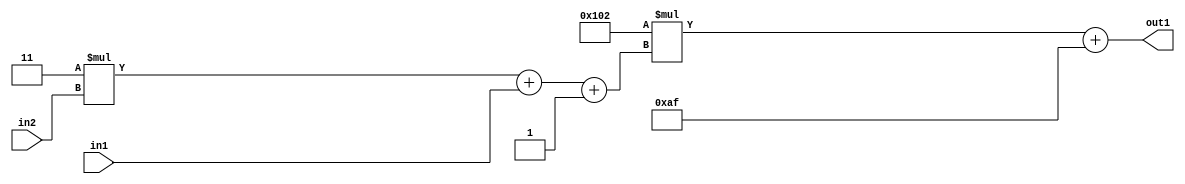
`timescale 1ps / 1ps
/*****************************************************************************
    Verilog RTL Description
    
    
    Created by: Stratus DpOpt 2019.1.01 
*******************************************************************************/

module DC_Filter_Add2i175Mul2i258Add3i1u1Mul2i3u2_4 (
	in2,
	in1,
	out1
	); /* architecture "behavioural" */ 
input [1:0] in2;
input  in1;
output [11:0] out1;
wire [11:0] asc001;
wire [3:0] asc002;

wire [3:0] asc002_tmp_0;
wire [3:0] asc002_tmp_1;
assign asc002_tmp_1 = 
	+(4'B0011 * in2);
assign asc002_tmp_0 = asc002_tmp_1
	+(in1);
assign asc002 = asc002_tmp_0
	+(4'B0001);

wire [11:0] asc001_tmp_2;
assign asc001_tmp_2 = 
	+(12'B000100000010 * asc002);
assign asc001 = asc001_tmp_2
	+(12'B000010101111);

assign out1 = asc001;
endmodule

/* CADENCE  vrTzQg8= : u9/ySgnWtBlWxVPRXgAZ4Og= ** DO NOT EDIT THIS LINE ******/